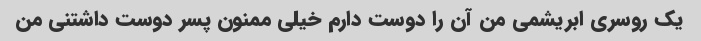
یک روسری ابریشمی من آن را دوست دارم خیلی ممنون پسر دوست داشتنی من